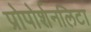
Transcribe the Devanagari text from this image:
प्रोपोर्शनलिटा